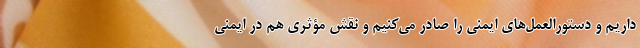
داریم و دستورالعمل‌های ایمنی را صادر می‌کنیم و نقش مؤثری هم در ایمنی